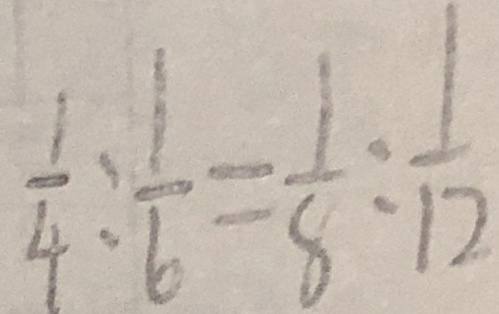
\frac { 1 } { 4 } : \frac { 1 } { 6 } = \frac { 1 } { 8 } : \frac { 1 } { 1 2 }